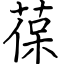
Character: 葆